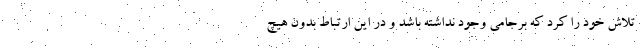
تلاش خود را کرد که برجامی وجود نداشته باشد و در این ارتباط بدون هیچ